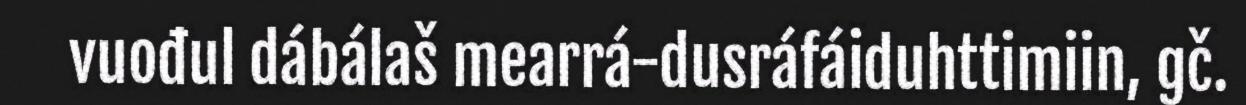
vuođul dábálaš mearrá-dusráfáiduhttimiin, gč.